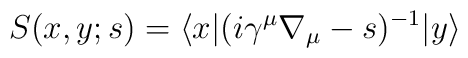
S(x, y; s) = \langle x|(i\gamma^{\mu}\nabla_{\mu}-s)^{-1}|y\rangle